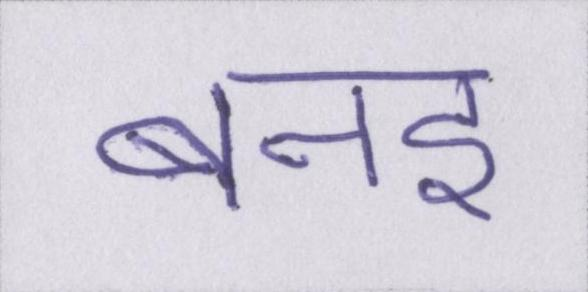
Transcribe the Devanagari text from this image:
बनइ